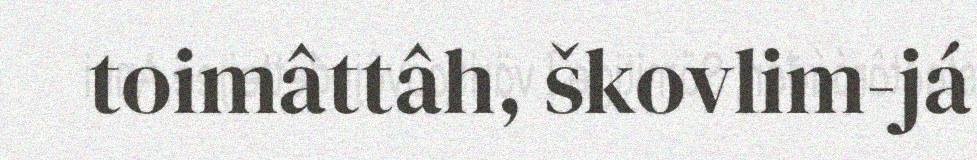
toimâttâh, škovlim-já